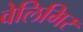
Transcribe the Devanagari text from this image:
वेलिमिर